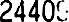
24409